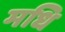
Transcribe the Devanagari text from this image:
मधि